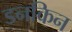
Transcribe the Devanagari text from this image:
डनकिन